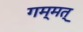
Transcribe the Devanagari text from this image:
गम्मत्